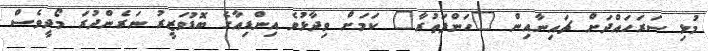
މުޅި ސަރަހައްދަށް ޗައިނާއިން "ހަންފަތުރާ" ކަމަށް ވިދާޅުވެ އިންޑިއާގެ ބޮޑުވަޒީރު ނަރެންދުރަ މޯދީވެސް